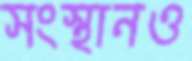
সংস্থানও